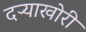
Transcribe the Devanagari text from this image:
दऱ्याखोरी